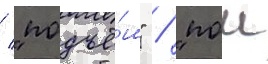
/ "подъё́м" / "пои